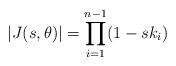
LaTeX: \begin{align*} |J(s,\theta)|=\prod_{i=1}^{n-1}(1-sk_i)\end{align*}